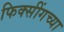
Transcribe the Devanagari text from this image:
फिक्सींगच्या